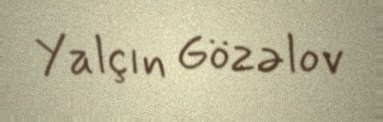
Yalçın Gözəlov